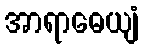
အာရာဓေယျံ